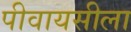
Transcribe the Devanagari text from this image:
पीवायसीला